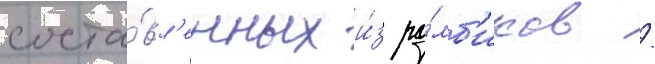
соста́вл'енных и́з ро́мб'иков /